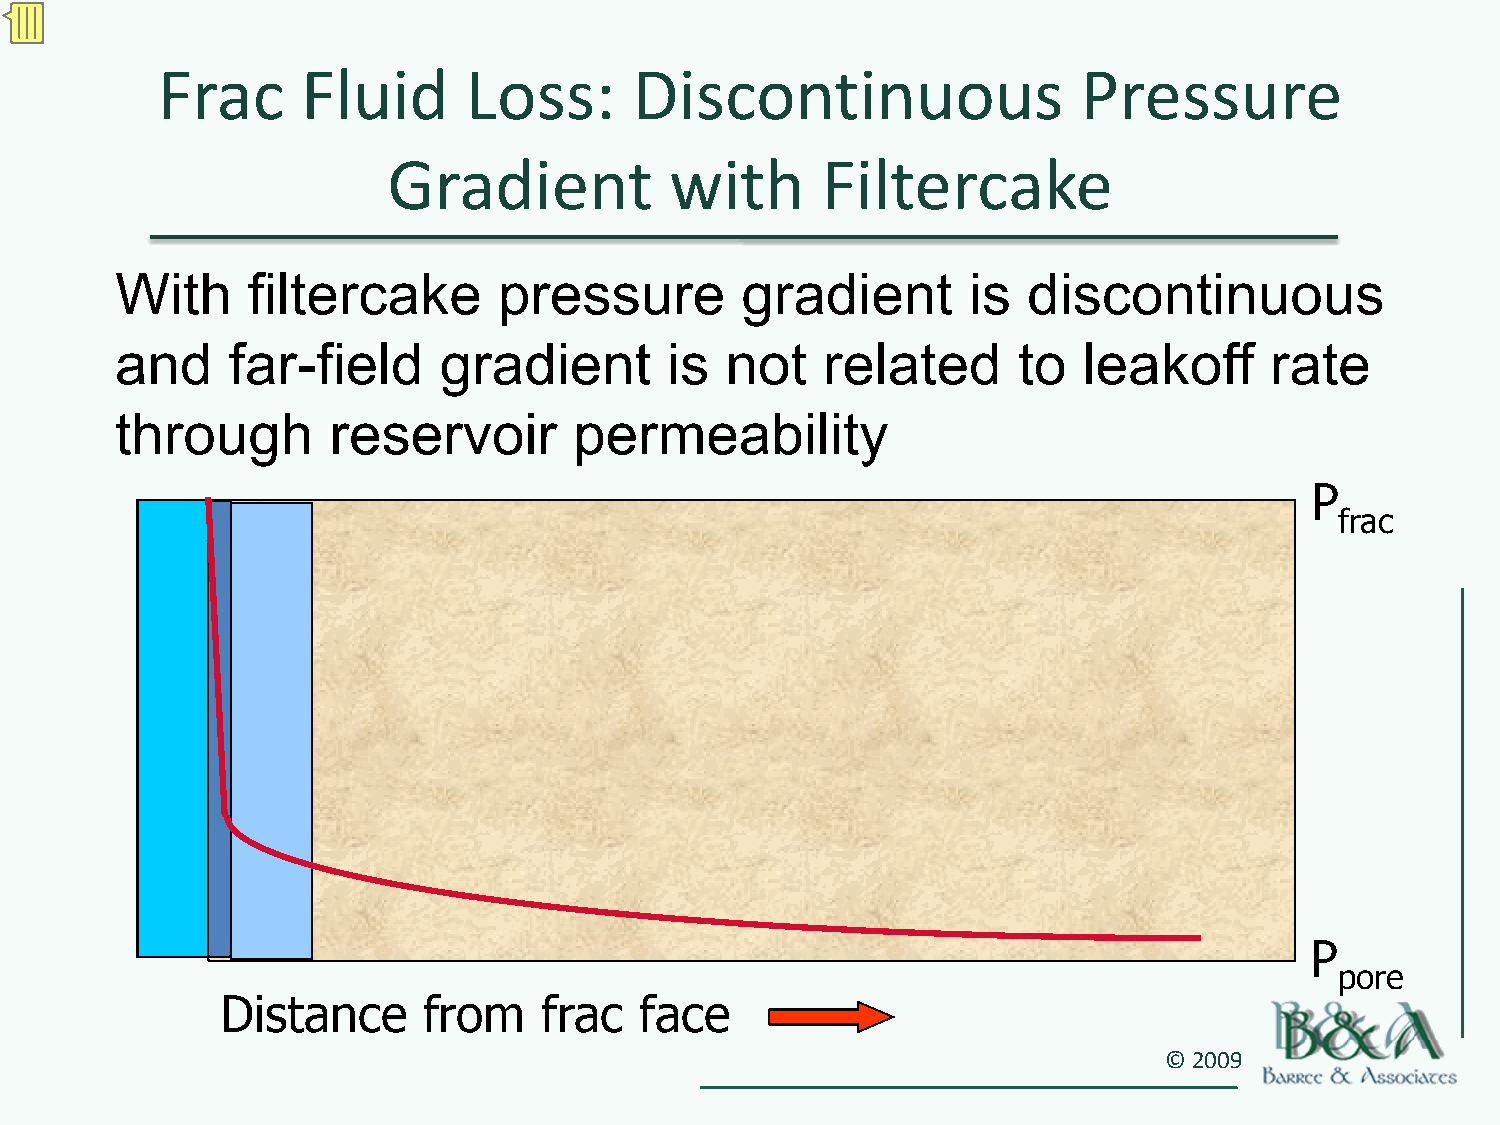
Frac      Fluid      Loss:      Discontinuous                 Pressure
 Gradient          with      Filtercake
 With    filtercake       pressure        gradient       is  discontinuous
 and    far-field     gradient       is  not   related      to   leakoff     rate
 through       reservoir       permeability
 P
 frac
 P
 pore
 Distance     from    frac  face
 © 2009